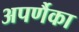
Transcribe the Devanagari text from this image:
अपर्णैका